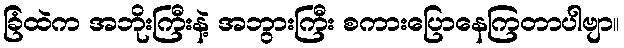
ခြံထဲက အဘိုးကြီးနဲ့ အဘွားကြီး စကားပြောနေကြတာပါဗျာ။